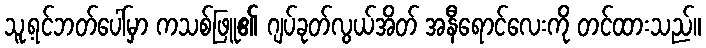
သူ့ရင်ဘတ်ပေါ်မှာ ကသစ်ဖြူ၏ ဂျပ်ခုတ်လွယ်အိတ် အနီရောင်လေးကို တင်ထားသည်။